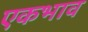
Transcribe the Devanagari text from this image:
एकभाव